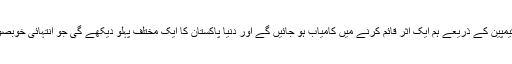
ہمیں امید ہے کہ اس کیمپین کے ذریعے ہم ایک اثر قائم کرنے میں کامیاب ہو جائیں گے اور دنیا پاکستان کا ایک مختلف پہلو دیکھے گی جو انتہائی خوبصورت اور امن پسندہے۔